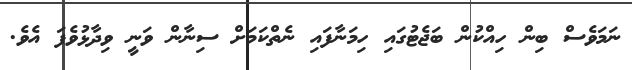
ނަމަވެސް ބިން ހިއްކުން ބަޖެޓުގައި ހިމަނާފައި ނެތްކަމަށް ސިނާން ވަނީ ވިދާޅުވެފަ އެވެ.